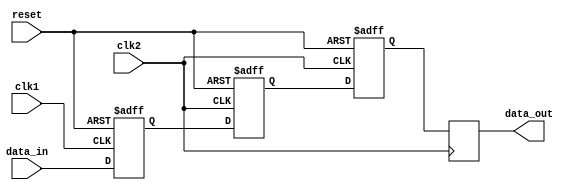
module three_flop_synchronizer(
    input wire clk1, // clock signal from the first domain
    input wire clk2, // clock signal from the second domain
    input wire reset,
    input wire data_in,
    output reg data_out
);

reg flop1, flop2, flop3;

always @(posedge clk1 or posedge reset) begin
    if(reset) begin
        flop1 <= 1'b0;
    end else begin
        flop1 <= data_in;
    end
end

always @(posedge clk2 or posedge reset) begin
    if(reset) begin
        flop2 <= 1'b0;
    end else begin
        flop2 <= flop1;
    end
end

always @(posedge clk2 or posedge reset) begin
    if(reset) begin
        flop3 <= 1'b0;
    end else begin
        flop3 <= flop2;
    end
end

always @(posedge clk2) begin
    data_out <= flop3;
end

endmodule